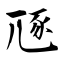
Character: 豗